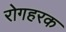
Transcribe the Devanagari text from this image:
रोगहरक